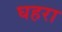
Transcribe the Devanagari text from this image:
घहरा